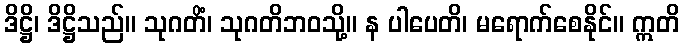
ဒိဋ္ဌိ၊ ဒိဋ္ဌိသည်။ သုဂတိံ၊ သုဂတိဘဝသို့။ န ပါပေတိ၊ မရောက်စေနိုင်။ ဣတိ